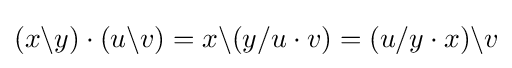
(x\backslash y)\cdot (u\backslash v)=x\backslash (y/u\cdot v)=(u/y\cdot x)\backslash v